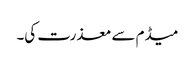
میڈم سے معذرت کی۔